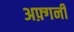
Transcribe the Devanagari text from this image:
अफ़्गनी